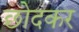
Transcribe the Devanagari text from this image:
छोदकर